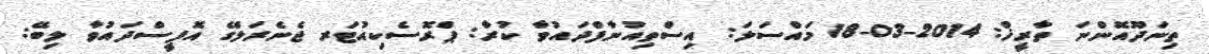
ތިނަދޫއޮންނަ ތާރީޚް: 2014-03-18 މައްސަލަ: އިސްތިއުނާފްދައުވާ ކުރާ: ޕްރޮސެކިއުޓަރ ޖެނެރަލްގެ އޮފީސްދައުވާ ލިބޭ: